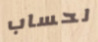
لحساب